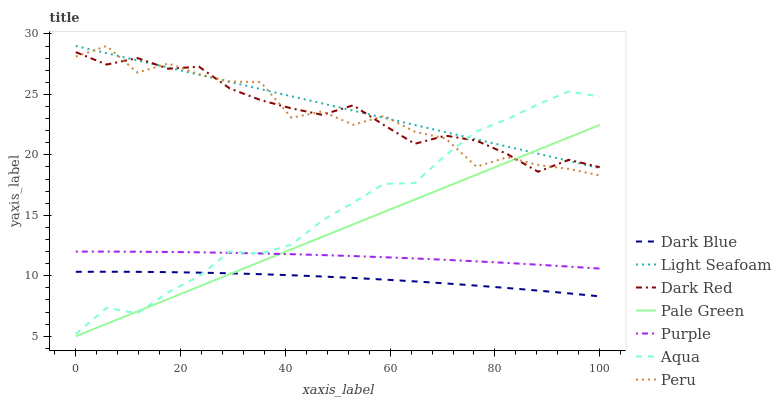
| xaxis_label | Dark Blue | Light Seafoam | Dark Red | Pale Green | Purple | Aqua | Peru |
 | --- | --- | --- | --- | --- | --- | --- | --- |
 | 0 | 10.3 | 29 | 28.5 | 5 | 12 | 5.19 | 28.1 |
 | 5.88 | 10.3 | 28.4 | 27.5 | 6.03 | 12 | 7.35 | 29 |
 | 11.8 | 10.3 | 27.8 | 28 | 7.06 | 12 | 6.9 | 26.8 |
 | 17.6 | 10.3 | 27.2 | 27.1 | 8.08 | 12 | 8.63 | 27.6 |
 | 23.5 | 10.3 | 26.6 | 27.3 | 9.11 | 11.9 | 9.97 | 26.7 |
 | 29.4 | 10.2 | 26 | 25.5 | 10.1 | 11.9 | 12 | 26.1 |
 | 35.3 | 10.1 | 25.4 | 24.5 | 11.2 | 11.8 | 11.8 | 26 |
 | 41.2 | 10 | 24.8 | 23.8 | 12.2 | 11.8 | 12.6 | 23.1 |
 | 47.1 | 9.94 | 24.3 | 23.3 | 13.2 | 11.7 | 14.6 | 23.6 |
 | 52.9 | 9.82 | 23.7 | 24.1 | 14.3 | 11.6 | 16 | 22.5 |
 | 58.8 | 9.69 | 23.1 | 22.5 | 15.3 | 11.5 | 17.6 | 23.2 |
 | 64.7 | 9.54 | 22.5 | 20.9 | 16.3 | 11.4 | 17.7 | 21.9 |
 | 70.6 | 9.37 | 21.9 | 21.6 | 17.3 | 11.3 | 20 | 21.4 |
 | 76.5 | 9.19 | 21.3 | 21.2 | 18.4 | 11.2 | 21.9 | 19 |
 | 82.4 | 8.99 | 20.7 | 20.1 | 19.4 | 11.1 | 23 | 19.8 |
 | 88.2 | 8.77 | 20.1 | 18.6 | 20.4 | 10.9 | 24.2 | 19.2 |
 | 94.1 | 8.55 | 19.5 | 19.6 | 21.4 | 10.8 | 25.2 | 18.8 |
 | 100 | 8.3 | 18.9 | 19 | 22.5 | 10.6 | 24.8 | 18.3 |